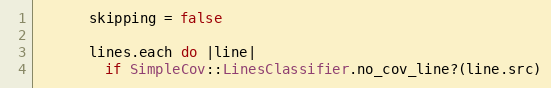
Language: Ruby
      skipping = false

      lines.each do |line|
        if SimpleCov::LinesClassifier.no_cov_line?(line.src)